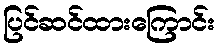
ပြင်ဆင်ထားကြောင်း